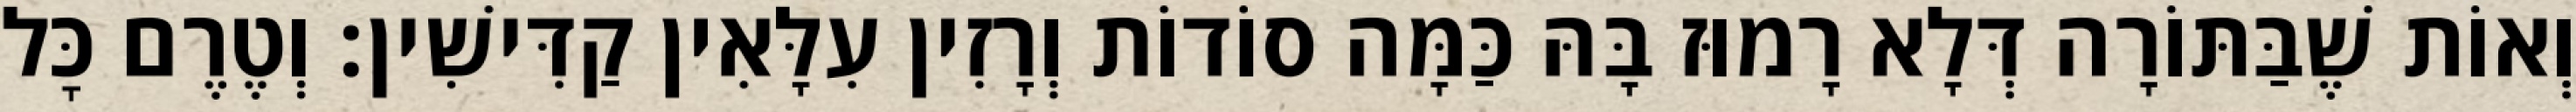
וְאוֹת שֶׁבַּתּוֹרָה דְּלָא רָמוּז בָּהּ כַּמָּה סוֹדוֹת וְרָזִין עִלָּאִין קַדִּישִׁין: וְטֶרֶם כׇּל